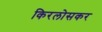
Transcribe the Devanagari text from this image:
किरलोसकर